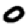
Digit: 0